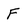
Character: F